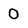
Character: 0